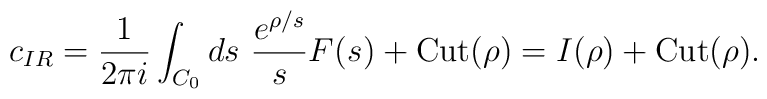
c_{IR}=\frac{1}{2\pi i}\int_{C_0}ds\ \frac{e^{\rho/  s}}{s}F(s^{})+\mbox{Cut}(\rho)=I(\rho)+ \mbox{Cut}(\rho).